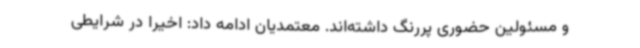
و مسئولین حضوری پررنگ داشته‌اند. معتمدیان ادامه داد: اخیرا در شرایطی